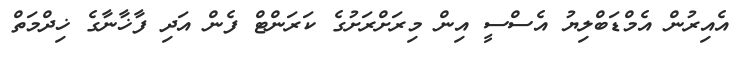
އެއިރުން އެމްޑަބްލިޔު އެސްސީ އިން މިރަށްރަށުގެ ކަރަންޓް ފެން އަދި ފާޚާނާގެ ޚިދްމަތް